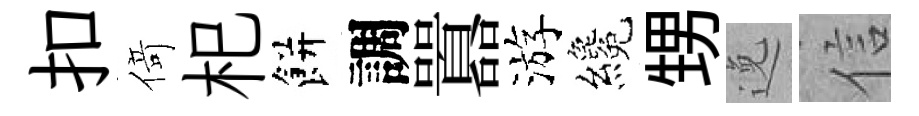
扣𠋣𣏌餅調囂游纔甥𨓜信